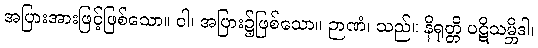
အပြားအားဖြင့်ဖြစ်သော။ ဝါ၊ အပြား၌ဖြစ်သော။ ဉာဏံ၊ သည်။ နိရုတ္တိ ပဋိသမ္ဘိဒါ၊